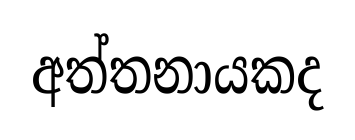
අත්තනායකද